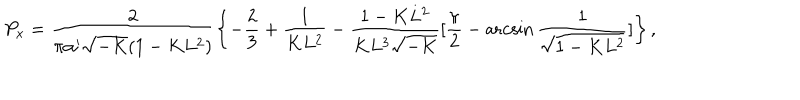
LaTeX: P _ { x } = \frac { 2 } { \pi \alpha ^ { \prime } \sqrt { - K } ( 1 - K L ^ { 2 } ) } \left\{ - \frac { 2 } { 3 } + \frac { 1 } { K L ^ { 2 } } - \frac { 1 - K L ^ { 2 } } { K L ^ { 3 } \sqrt { - K } } [ \frac { \pi } { 2 } - \operatorname { a r c s i n } \frac { 1 } { \sqrt { 1 - K L ^ { 2 } } } ] \right\} ,